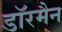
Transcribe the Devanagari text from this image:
डॉरमैन